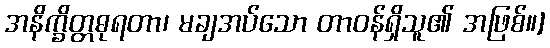
အနိက္ခိတ္တဓုရတာ၊ မချအပ်သော တာဝန်ရှိသူ၏ အဖြစ်။]